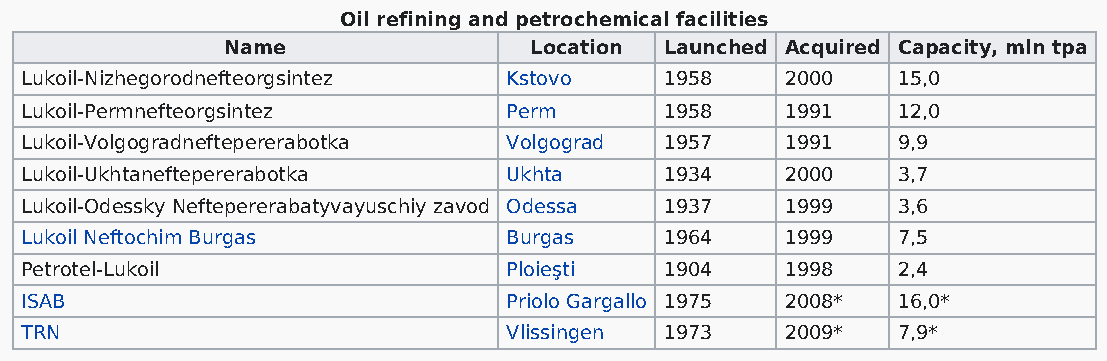
Oil refining and petrochemical facilities
 Name                Location Launched Acquired Capacity, mln tpa
 Lukoil-Nizhegorodnefteorgsintez  Kstovo    1958    2000   15,0
 Lukoil-Permnefteorgsintez        Perm      1958    1991   12,0
 Lukoil-Volgogradneftepererabotka Volgograd 1957    1991   9,9
 Lukoil-Ukhtaneftepererabotka     Ukhta     1934    2000   3,7
 Lukoil-Odessky Neftepererabatyvayuschiy zavod Odessa 1937 1999 3,6
 Lukoil Neftochim Burgas          Burgas    1964    1999   7,5
 Petrotel-Lukoil                  Ploieşti  1904    1998   2,4
 ISAB                             Priolo Gargallo 1975 2008* 16,0*
 TRN                              Vlissingen 1973   2009*  7,9*